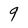
Character: q